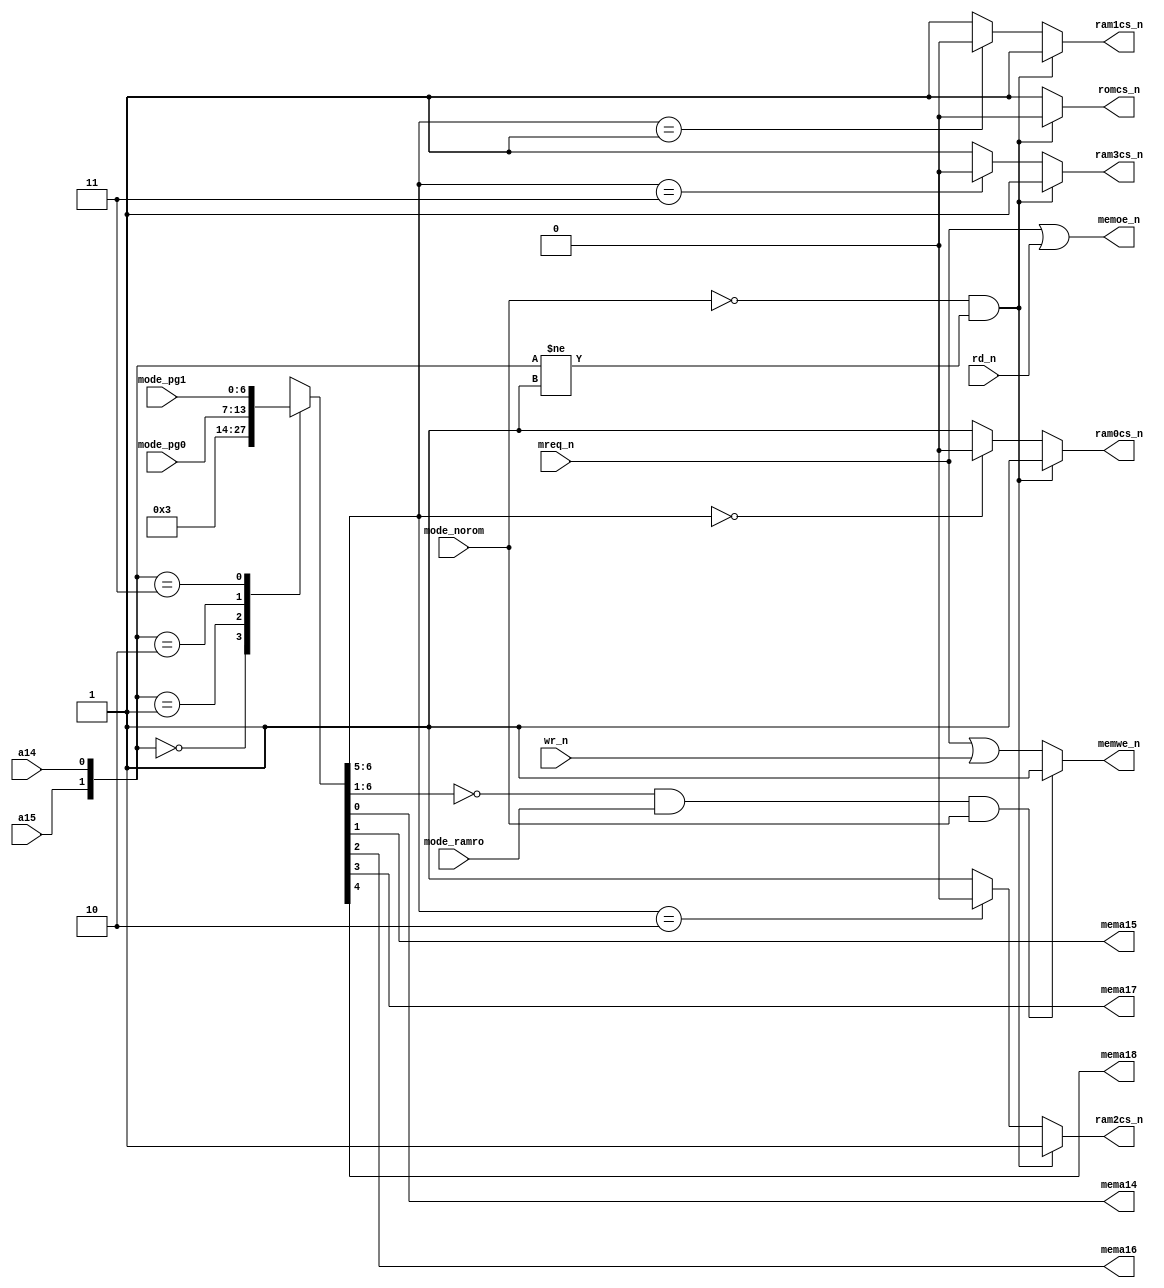
// part of NeoGS project (c) 2007-2008 NedoPC
//
// memmap is memory mapper for NGS. Physical memory divided in 16kb pages.
// At (a15=0,a14=0) there is always zero page of MEM, at (a15=0,a14=1) there is
// always third page of RAM, at (a15=1,a14=0) there is page of MEM determined by
// mode_pg0 input bus, at (a15=1,a14=1) - page of MEM determined by mode_pg1 input.
// When mode_norom=0, MEM is ROM, otherwise MEM is RAM.
// When mode_ramro=1, zero and first pages of RAM are read-only.
// Memory addressed by mema14..mema18 (total 512kb) and then by either
// romcs_n (only 512kb of ROM) or ram0cs_n..ram3cs_n (2Mb of RAM).
// Memory decoding is static - it depends on only a14,a15 and mode_pg0,1 inputs.
// memoe_n and memwe_n generated from only mreq_n, rd_n and wr_n with the
// exception of read-only page of RAM (no memwe_n). ROM is always read/write (flash).

module memmap(

	a15,a14, // Z80 address signals

	mreq_n, // Z80 bus control signals
	rd_n,   //
	wr_n,   //

	mema14,mema15, // memory addresses
	mema16,mema17, //
	mema18,        // (512kB max)

	ram0cs_n, // four RAM /CS'es
	ram1cs_n, //
	ram2cs_n, //
	ram3cs_n, // (total 512kb * 4 = 2Mb)

	romcs_n, // ROM (flash) /CS

	memoe_n, // memory /OE and /WE
	memwe_n, //

	mode_ramro, // 1 - zero page (32k) of ram is R/O
	mode_norom, // 0 - ROM instead of RAM at everything except $4000-$7FFF
	mode_pg0,   // page at $8000-$BFFF
	mode_pg1    // page at $C000-$FFFF (128x16kb = 2Mb max)
);

// inputs and outputs

	input a15,a14;

	input mreq_n,rd_n,wr_n;

	output reg mema14,mema15,mema16,mema17,mema18;

	output reg ram0cs_n,ram1cs_n,ram2cs_n,ram3cs_n;

	output reg romcs_n;

	output reg memoe_n,memwe_n;

	input mode_ramro,mode_norom;
	input [6:0] mode_pg0,mode_pg1;


// internal vars and regs

	reg [6:0] high_addr;



// addresses mapping

	always @*
	begin
        case( {a15,a14} )
			2'b00: // $0000-$3FFF
				high_addr <= 7'b0000000;
			2'b01: // $4000-$7FFF
				high_addr <= 7'b0000011;
			2'b10: // $8000-$BFFF
				high_addr <= mode_pg0;
			2'b11: // $C000-$FFFF
				high_addr <= mode_pg1;
        endcase
	end


// memory addresses

	always @*
	begin
		{ mema18,mema17,mema16,mema15,mema14 } <= high_addr[4:0];
	end


// memory chip selects

	always @*
	begin
		if( (mode_norom==1'b0) && ( {a15,a14}!=2'b01 ) ) // ROM selected
		begin
			romcs_n <= 1'b0;

			ram0cs_n <= 1'b1;
			ram1cs_n <= 1'b1;
			ram2cs_n <= 1'b1;
			ram3cs_n <= 1'b1;
		end
		else // RAM
		begin
			romcs_n <= 1'b1;

			ram0cs_n <= ( high_addr[6:5]==2'b00 ) ? 1'b0 : 1'b1;
			ram1cs_n <= ( high_addr[6:5]==2'b01 ) ? 1'b0 : 1'b1;
			ram2cs_n <= ( high_addr[6:5]==2'b10 ) ? 1'b0 : 1'b1;
			ram3cs_n <= ( high_addr[6:5]==2'b11 ) ? 1'b0 : 1'b1;
		end
	end


// memory /OE and /WE

	always @*
	begin
		memoe_n <= mreq_n | rd_n;

		if( (high_addr[6:1] == 6'd0) && (mode_ramro==1'b1) && (mode_norom==1'b1) ) // R/O
			memwe_n <= 1'b1;
		else // no R/O
			memwe_n <= mreq_n | wr_n;
	end

endmodule